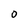
Character: O